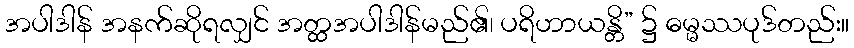
အပါဒါန် အနက်ဆိုရလျှင် အတ္ထအပါဒါန်မည်၏၊ ပရိဟာယန္တိ” ၌ ဓမ္မဿပုဒ်တည်း။